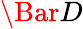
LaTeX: \Bar{D}